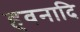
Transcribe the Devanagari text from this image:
हवनादि